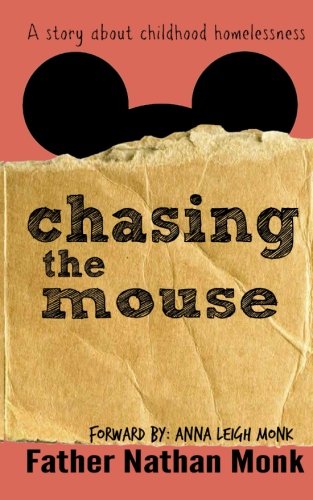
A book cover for Chasing The Mouse; Fr. Nathan Monk; Politics & Social Sciences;